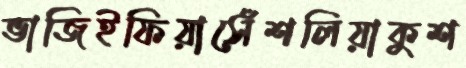
ভাজিইফিয়াসেঁশলিয়াকুশ